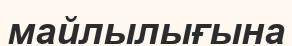
майлылығына